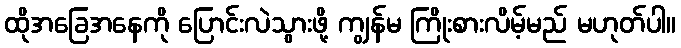
ထိုအခြေအနေကို ပြောင်းလဲသွားဖို့ ကျွန်မ ကြိုးစားလိမ့်မည် မဟုတ်ပါ။